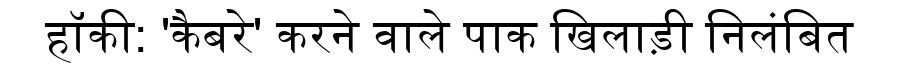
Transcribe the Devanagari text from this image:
हॉकी: 'कैबरे' करने वाले पाक खिलाड़ी निलंबित